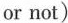
or not)